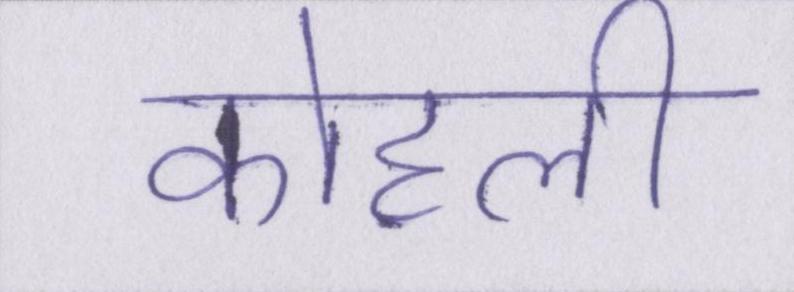
कोहली